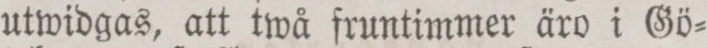
utwidgas, att twå fruntimmer äro i Gö=